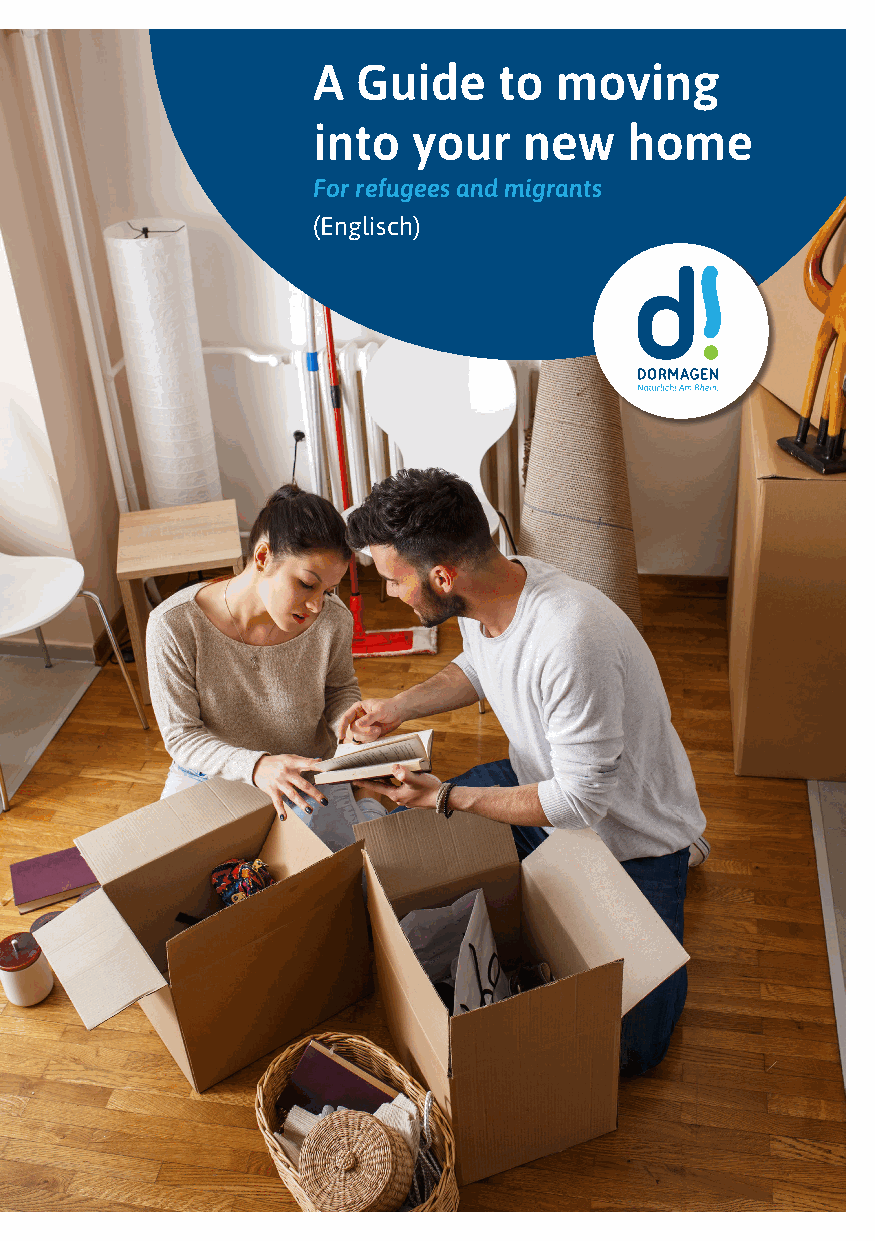
A  Guide    to  moving
 into  your    new   home
 For refugees and migrants
 (Englisch)